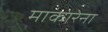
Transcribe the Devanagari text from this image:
माकारेना